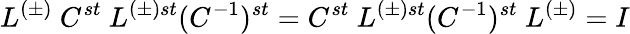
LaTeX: L^{(\pm)}\ C^{st}\ L^{(\pm)st}(C^{-1})^{st}=C^{st}\ L^{(\pm)st}(C^{-1})^{st}\ L^{(\pm)}=I